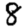
Digit: 8